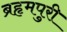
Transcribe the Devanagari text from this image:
ब्रहृमपुरी